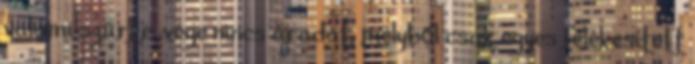
valami szürke, vége nincs áradat, melyből csak egyes felékesített